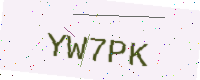
Text: YW7PK